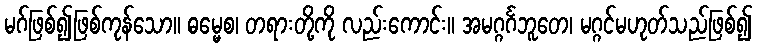
မဂ်ဖြစ်၍ဖြစ်ကုန်သော။ ဓမ္မေစ၊ တရားတို့ကို လည်းကောင်း။ အမဂ္ဂင်္ဂဘူတေ၊ မဂ္ဂင်မဟုတ်သည်ဖြစ်၍